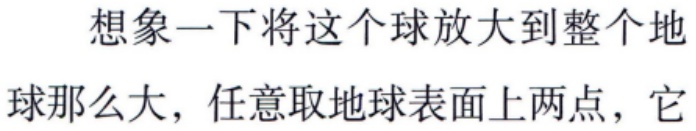
想象一下将这个球放大到整个地球那么大，任意取地球表面上两点，它